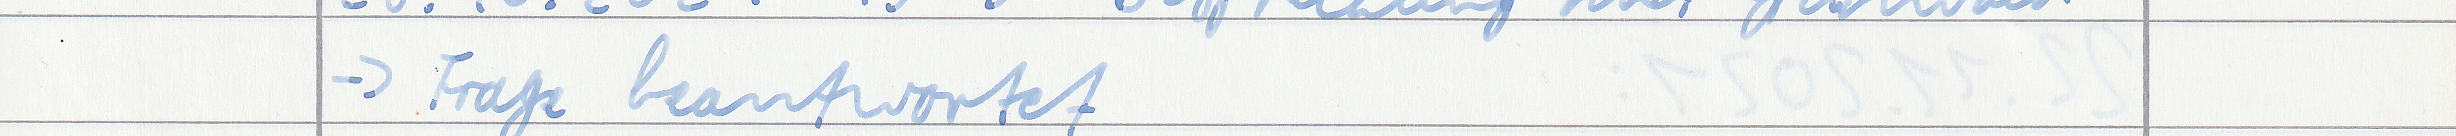
-> Frage beantwortet